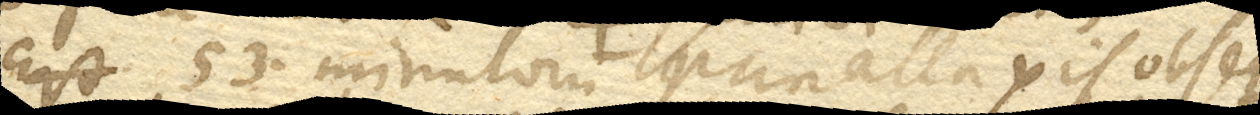
53 minutorum parallaxis obser–